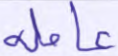
عاملة